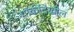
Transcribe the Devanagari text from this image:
गॉर्कीदेखील